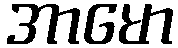
အာမော